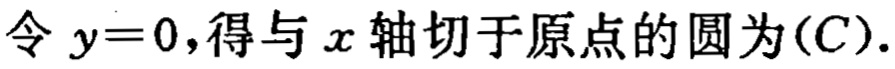
令 \(y = 0\)，得与 \(x\) 轴切于原点的圆为\((C)\).